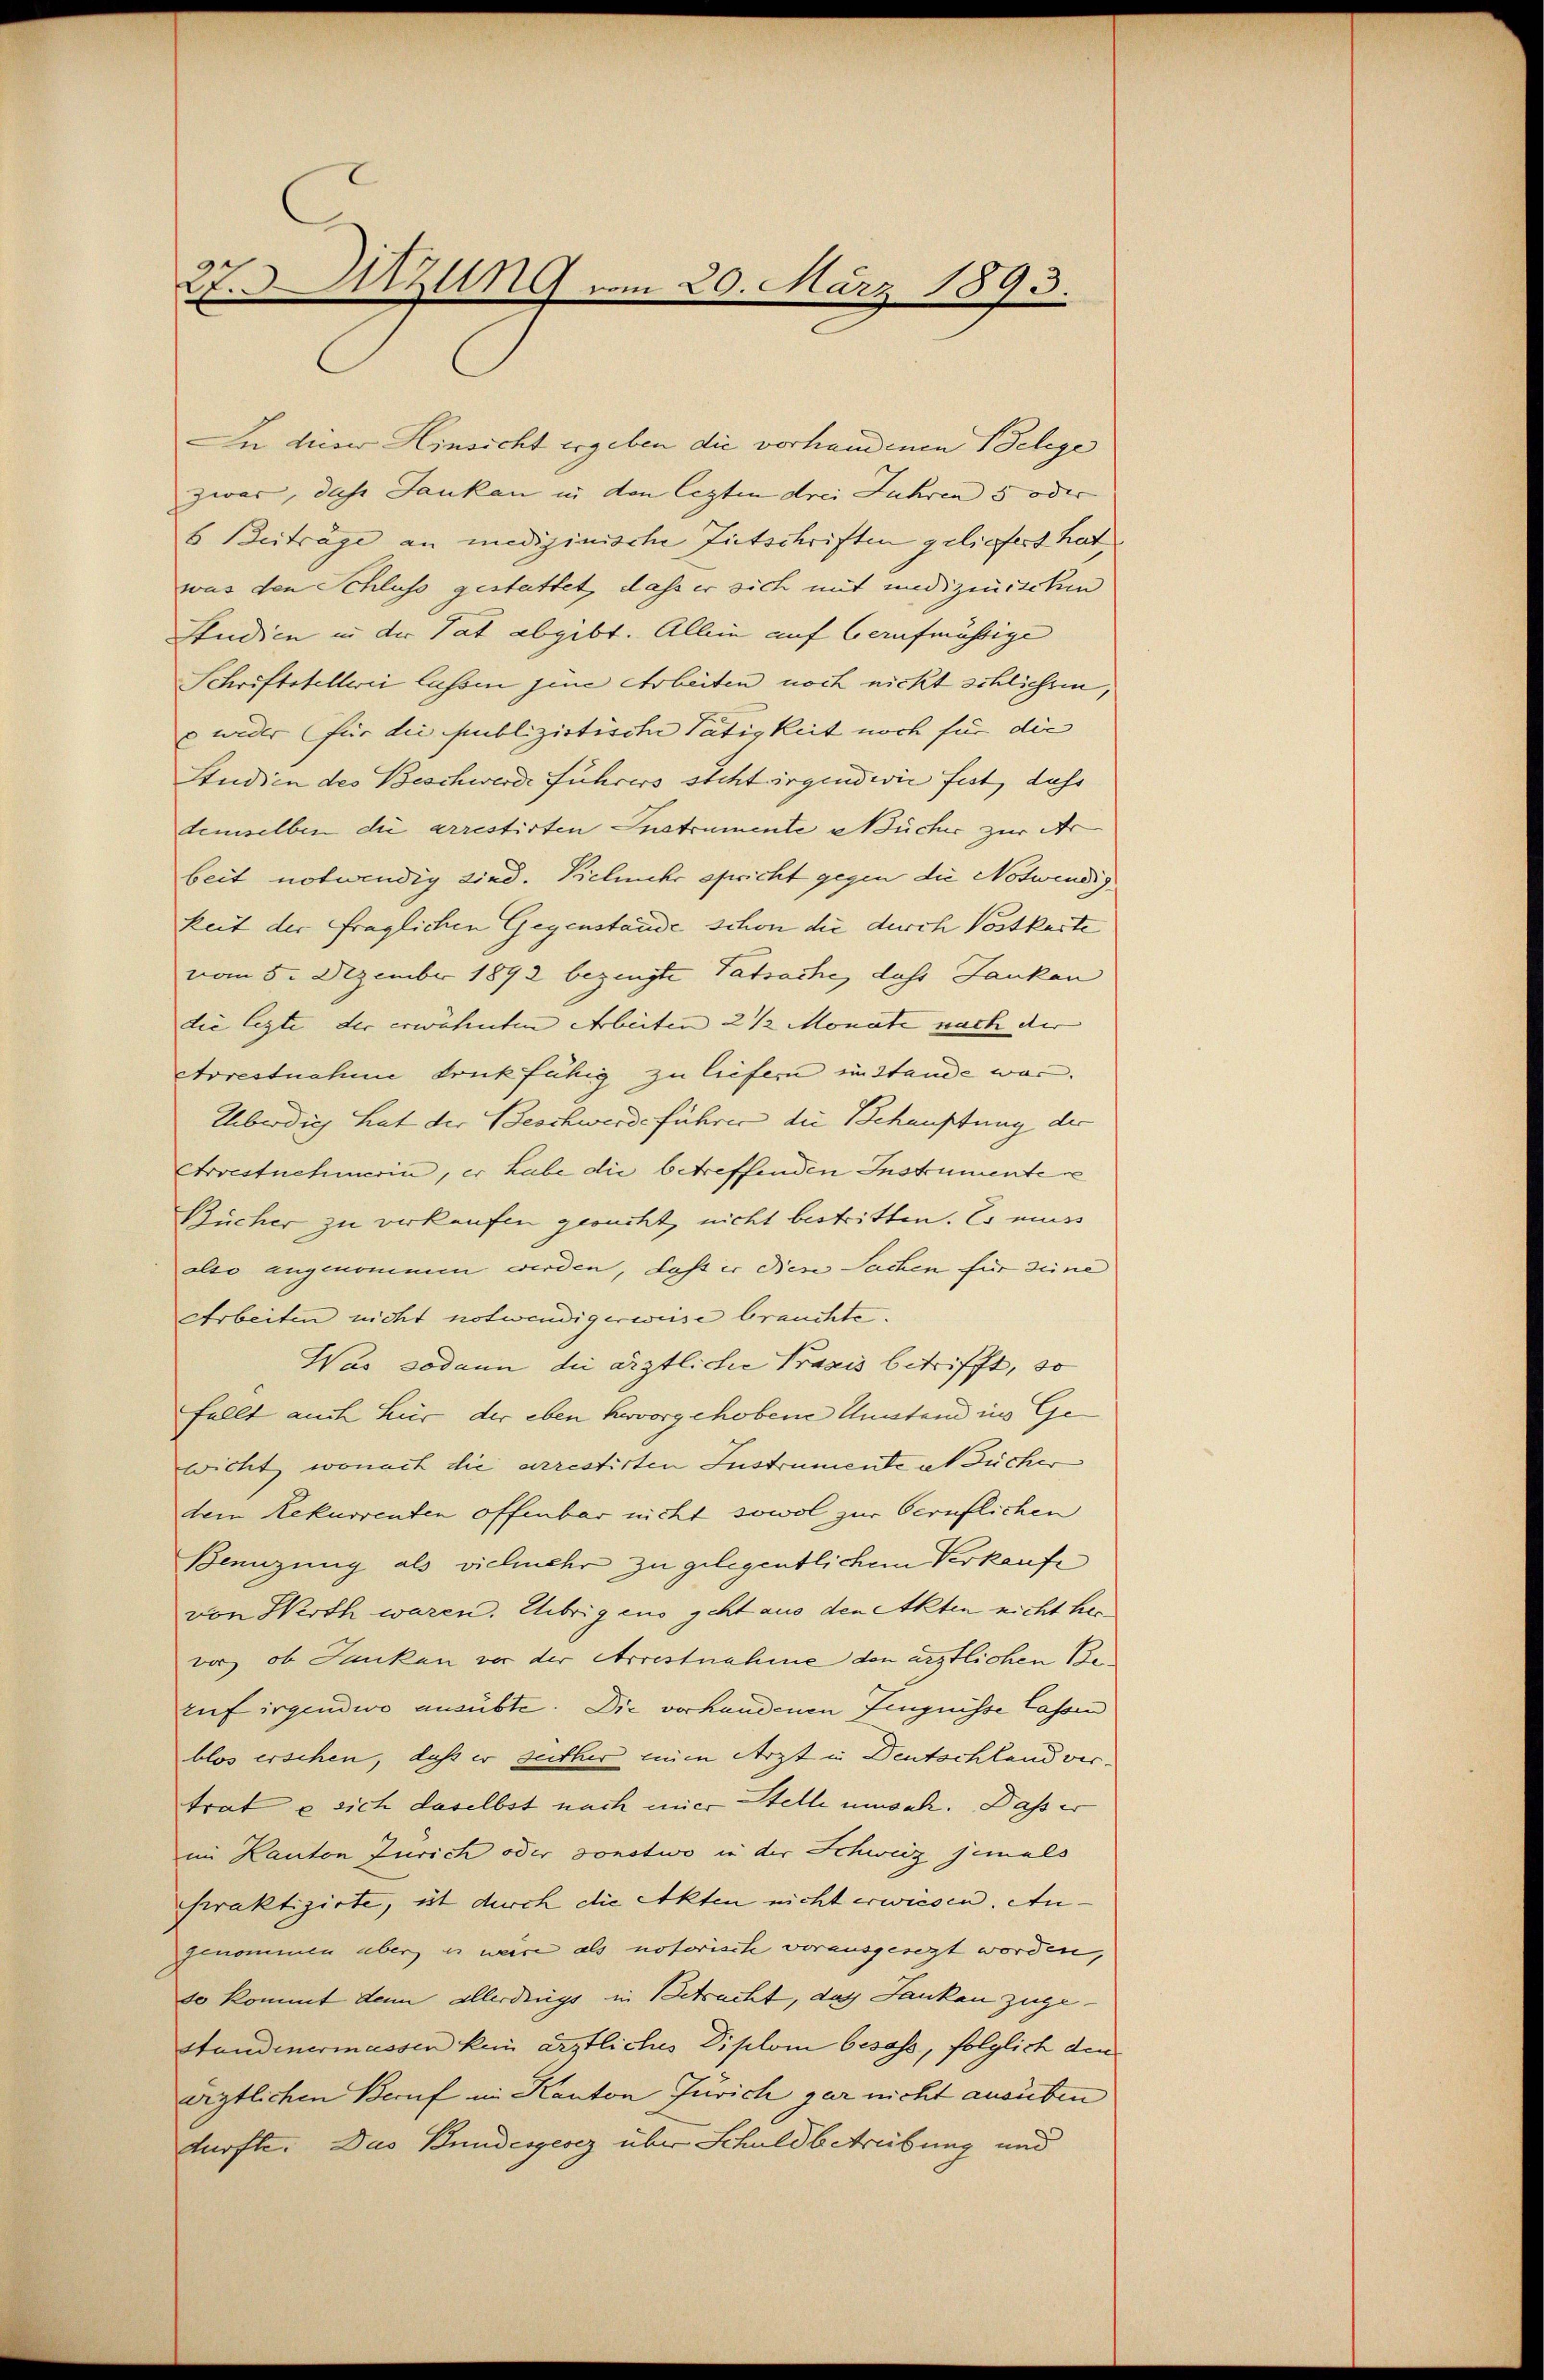
27. Sitzung vom 20. März 1893.

In dieser Hinsicht ergeben die vorhandenen Belege
zwar, daß Janken in den lezten drei Jahren 5 oder
6 Beiträge an medizinische Entschriften geliefert hat
was den Schluss gestattet, dass er sich mit medizinischen
Studien in der Tat abgibt. Allein auf Cernfmährige
Schriftstellerei lassen jene Arbeiten noch nicht schlichten,
 wider für die publizistische Tätigkeit noch für die
Studien des Beschwerde Führers steht irgendwie fast, dahe
demselben die arrestirten Instrumente Nücher zur Ar
beit notwendig sind. Vielmehr spricht gegen die Notwendig
keit der fraglichen Gegenstände schon die durch Postkaste
vom 5. Dezember 1892 bezeugte Tatsache, dass Jaukan
die legte der erwähnten Arbeiten 2 ½ Monate nach der |
Arrestnahme druck fähig zu liefern instande war.
Uberdich hat der Beschwerdeführer die Behauptung der
Arrestnehmerin, er habe die betreffenden Instrumente e
Bücher zu verkaufen gesucht, nicht bestritten. Es muss
also angenommen werden, daß er diese Sachen für deine
Arbeiten nicht notwendigerweise brauchte.
Was sodann die ärztliche Praxis betrifft, so
fällt auch für der eben hervorgehobene Umstand in Gewicht, wonach die arrestirten Instrumente an Bücher
dem Rekurrenten offenbar nicht sowol zur beruflichen
Benuzung als vielmehr zu gelegentlichem Verkaufe
von Werth waren. Übrigens geht aus den Akten nicht hervor, ob Junken vor der Arrestnahme den ärztlichen Beruf irgendwo ausübte. Die verhandenen Zeugnisse lassen
blos erschen, daß er seither ein Arzt in Deutschland vertrat e sich daselbst nach mier Stelle umsah. Daß er
im Kanton Zürich oder sonstwo in der Schweiz jemals
hraktizirte, ist durch die Akten nicht erwiesen. An
genommen aber es weise als notorische vorausgesezt worden,
so kommt denn allerdings in Betracht, das Sankau zuge¬
Standenermassen kein ärztliches Diplom besass, folglich den
westlichen Beruf im Kanton Zürich gar nicht ausüben
dürfte. Das Bundesgesez über Schuldbetreibung und